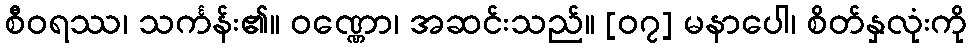
စီဝရဿ၊ သင်္ကန်း၏။ ဝဏ္ဏော၊ အဆင်းသည်။ [၀၇] မနာပေါ၊ စိတ်နှလုံးကို